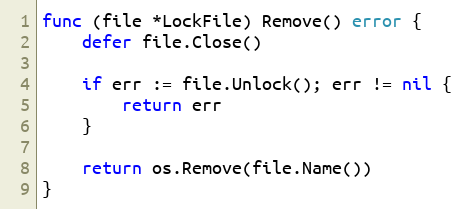
Language: Go
func (file *LockFile) Remove() error {
	defer file.Close()

	if err := file.Unlock(); err != nil {
		return err
	}

	return os.Remove(file.Name())
}